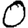
Digit: 0